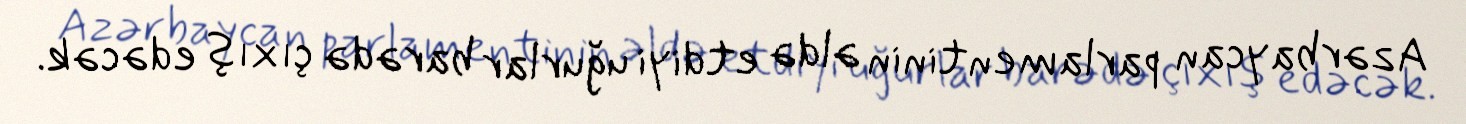
Azərbaycan parlamentinin əldə etdiyi uğurlar barədə çıxış edəcək.